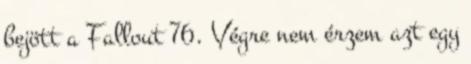
bejött a Fallout 76. Végre nem érzem azt egy